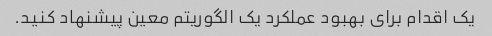
یک اقدام برای بهبود عملکرد یک الگوریتم معین پیشنهاد کنید.